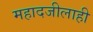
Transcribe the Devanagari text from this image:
महादजीलाही